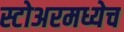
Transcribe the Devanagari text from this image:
स्टोअरमध्येच